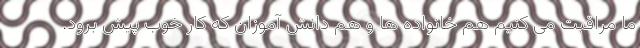
ما مراقبت می کنیم هم خانواده ها و هم دانش آموزان که کار خوب پیش برود.